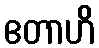
ဧတာဟိ